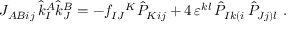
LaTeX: { \cal J } _ { A B i j } \, \hat { k } _ { I } ^ { A } \hat { k } _ { J } ^ { B } = - f _ { I J } { } ^ { K } \hat { P } _ { K i j } + 4 \, \varepsilon ^ { k l } \, \hat { P } _ { I k ( i } \, \hat { P } _ { J j ) l } \ .